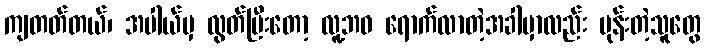
ကျတတ်တယ်၊ အပါယ်မှ လွတ်ပြီးတော့ လူ့ဘဝ ရောက်လာတဲ့အခါမှာလည်း မုန်းတဲ့သူတွေ